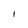
Character: 1